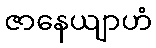
ဇာနေယျာဟံ